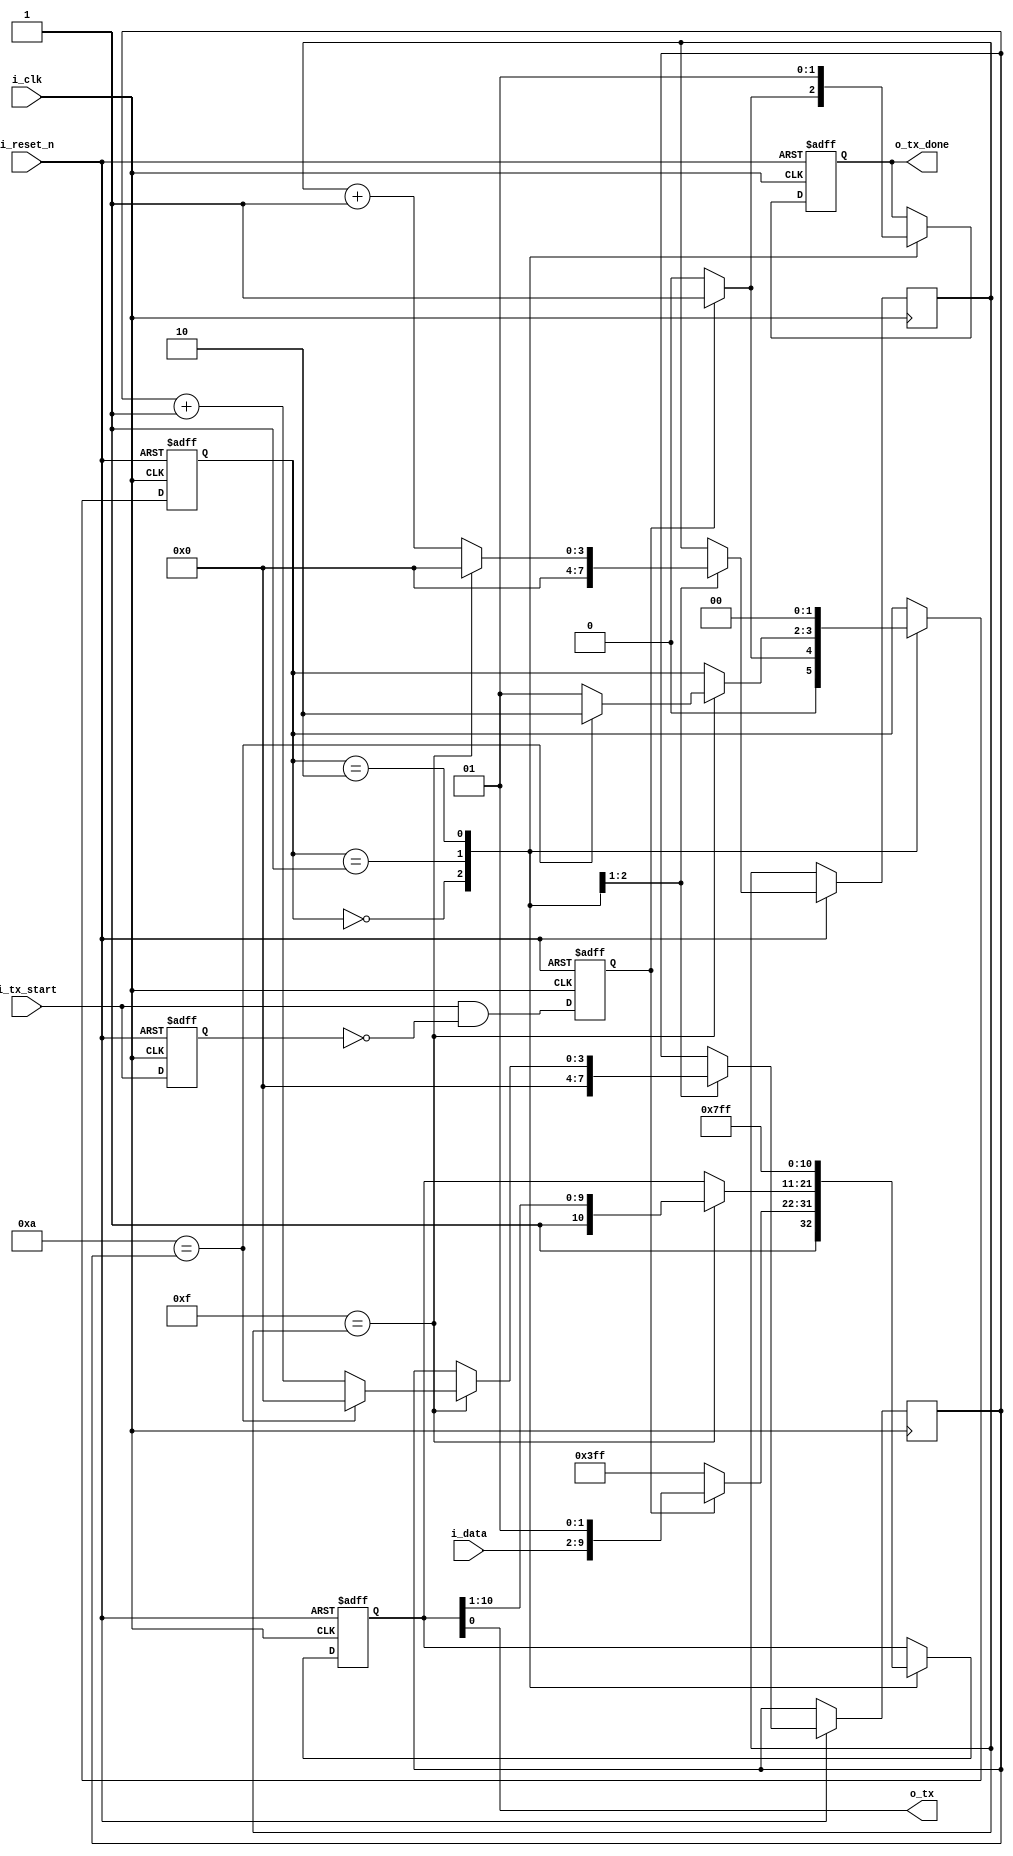
//*******************************FILE HEAD**************************************
//*********************Verilog HDL *********************
// FUNCTION        : UART
// AUTHOR          : 
// DATE & REVISION : 
// COMPANY         : Verilog HDL 
// UPDATE          :
//******************************************************************************
`timescale 1ns/1ns

module uart_tx
    (
        input i_reset_n,
        input i_clk, //uart16
        input i_tx_start,
        input [7 : 0] i_data, //8
        
        output o_tx, //uart
        output o_tx_done  //uart
        
    );
    
    reg [10 : 0] r_tx_shift;
    reg r_tx_done;
    
    
    reg r_tx_start_buf;
    reg r_tx_start_rising;
    
    reg [3 : 0] r_16_cnt;//16
    reg [3 : 0] r_shift_cnt; //11
    
    reg [1 : 0] r_state;
    parameter IDLE = 2'b00;
    parameter SEND_DATA = 2'b01;
    parameter SEND_DONE = 2'b10;
    
    
    assign o_tx = r_tx_shift[0];
    assign o_tx_done = r_tx_done;
    
    always @(posedge i_clk, negedge i_reset_n) 
    begin
        if(1'b0 == i_reset_n)
        begin
            r_tx_start_buf <= 1'b0;
            r_tx_start_rising <= 1'b0;
        end
        else
        begin
            r_tx_start_buf <= i_tx_start;
            r_tx_start_rising <= i_tx_start & (~r_tx_start_buf);
        end
    end
    
    always @(posedge i_clk, negedge i_reset_n) 
    begin
        if(1'b0 == i_reset_n)
        begin
            r_state <= IDLE;
            r_tx_shift <= 11'h7ff;
            r_tx_done <= 1'b1;
        end
        else
        begin
            case(r_state)
                IDLE:
                    begin
                        r_16_cnt <= 4'b0;
                        r_shift_cnt <= 4'b0;
                                                
                        if(1'b1 == r_tx_start_rising)
                        begin
                            r_state <= SEND_DATA;
                            r_tx_shift <= {1'b1, i_data, 1'b0, 1'b1};
                            r_tx_done <= 1'b1;
                        end
                        else
                        begin
                            r_state <= IDLE;
                            r_tx_shift <= 11'h7ff;
                            r_tx_done <= 1'b0;
                        end
                    end
                SEND_DATA:
                    begin
                        r_tx_done <= 1'b0;
                        if(4'hf == r_16_cnt)
                        begin
                            r_16_cnt <= 4'b0;
                            if(4'd10 == r_shift_cnt)
                            begin
                                r_shift_cnt <= 4'b0;
                                r_state <= SEND_DONE;
                                r_tx_shift <= {1'b1, r_tx_shift[10 : 1]};
                            end
                            else
                            begin
                                r_shift_cnt <= r_shift_cnt + 4'b1;
                                r_state <= SEND_DATA;
                                r_tx_shift <= {1'b1, r_tx_shift[10 : 1]};
                            end
                        end
                        else
                        begin
                            r_16_cnt <= r_16_cnt + 4'b1;
                        end
                    end
                SEND_DONE:
                    begin
                        r_state <= IDLE;
                        r_tx_shift <= 11'h7ff;
                        r_tx_done <= 1'b1;
                    end 
            endcase
        end
    end
	    
endmodule
// END OF uart_tx.v FILE ***************************************************